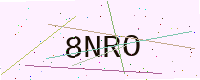
Text: 8NRO